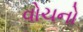
વોચનો